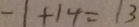
- 1 + 1 4 = 1 3